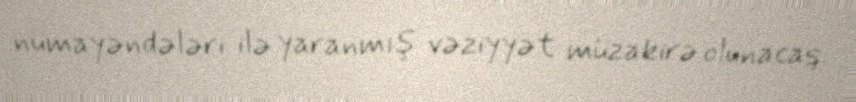
nümayəndələri ilə yaranmış vəziyyət müzakirə olunacaq.